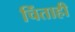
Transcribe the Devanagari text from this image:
चिंताही